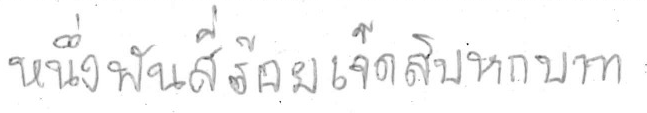
หนึ่งพันสี่ร้อยเจ็ดสิบหกบาท